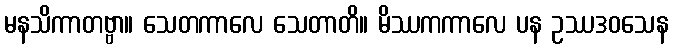
မနသိကာတဗ္ဗာ။ သေတကာလေ သေတာတိ။ မိဿကကာလေ ပန ဥဿဒဝသေန